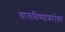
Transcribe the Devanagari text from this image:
चालविण्याबरोबर